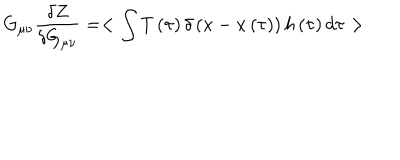
LaTeX: G _ { \mu \nu } { \frac { \delta Z } { \delta G _ { \mu \nu } } } = < \int { T \left( \tau \right) \delta \left( x - x \left( \tau \right) \right) h \left( \tau \right) d \tau } >